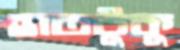
হাতটুকু